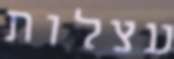
עצלות